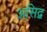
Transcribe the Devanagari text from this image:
असिद्व